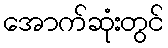
အောက်ဆုံးတွင်